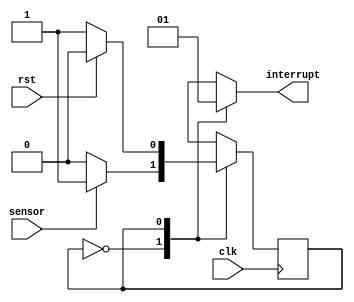
module priority_sensor_interface(
	sensor,
	clk,
	interrupt,
	rst);
	
input sensor;
input clk;
input rst;
output interrupt;
reg interrupt;

parameter idle=1'b0;
parameter act=1'b1;

reg state_c;
reg state_n;

initial
begin
state_c=idle;
end

always@(posedge clk)
begin
state_c<=state_n;
end

always@(*)
begin
case(state_c)
	idle:
		begin 
		if(sensor) state_n=act;
		else state_n=state_c;
		end
	act:
		begin 
		if(rst) state_n=idle;
		else state_n=state_c;
		end
endcase
end

always@(state_c)
begin
case(state_c)
	idle:begin interrupt=0;end
	act:begin interrupt=1;end
endcase
end

endmodule